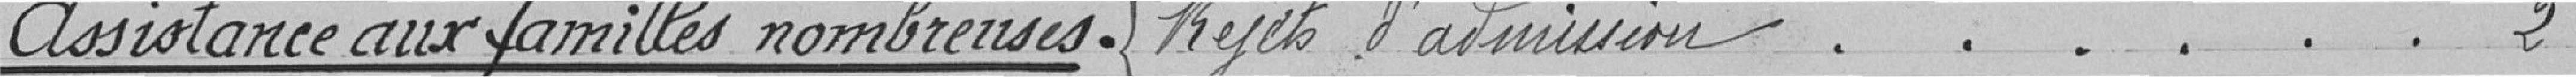
Rejets d'admission ...... 2Assitance aux familles nombreuses Rejets d'admission ...... 2